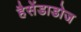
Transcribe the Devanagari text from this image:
हैसेंडाडोज